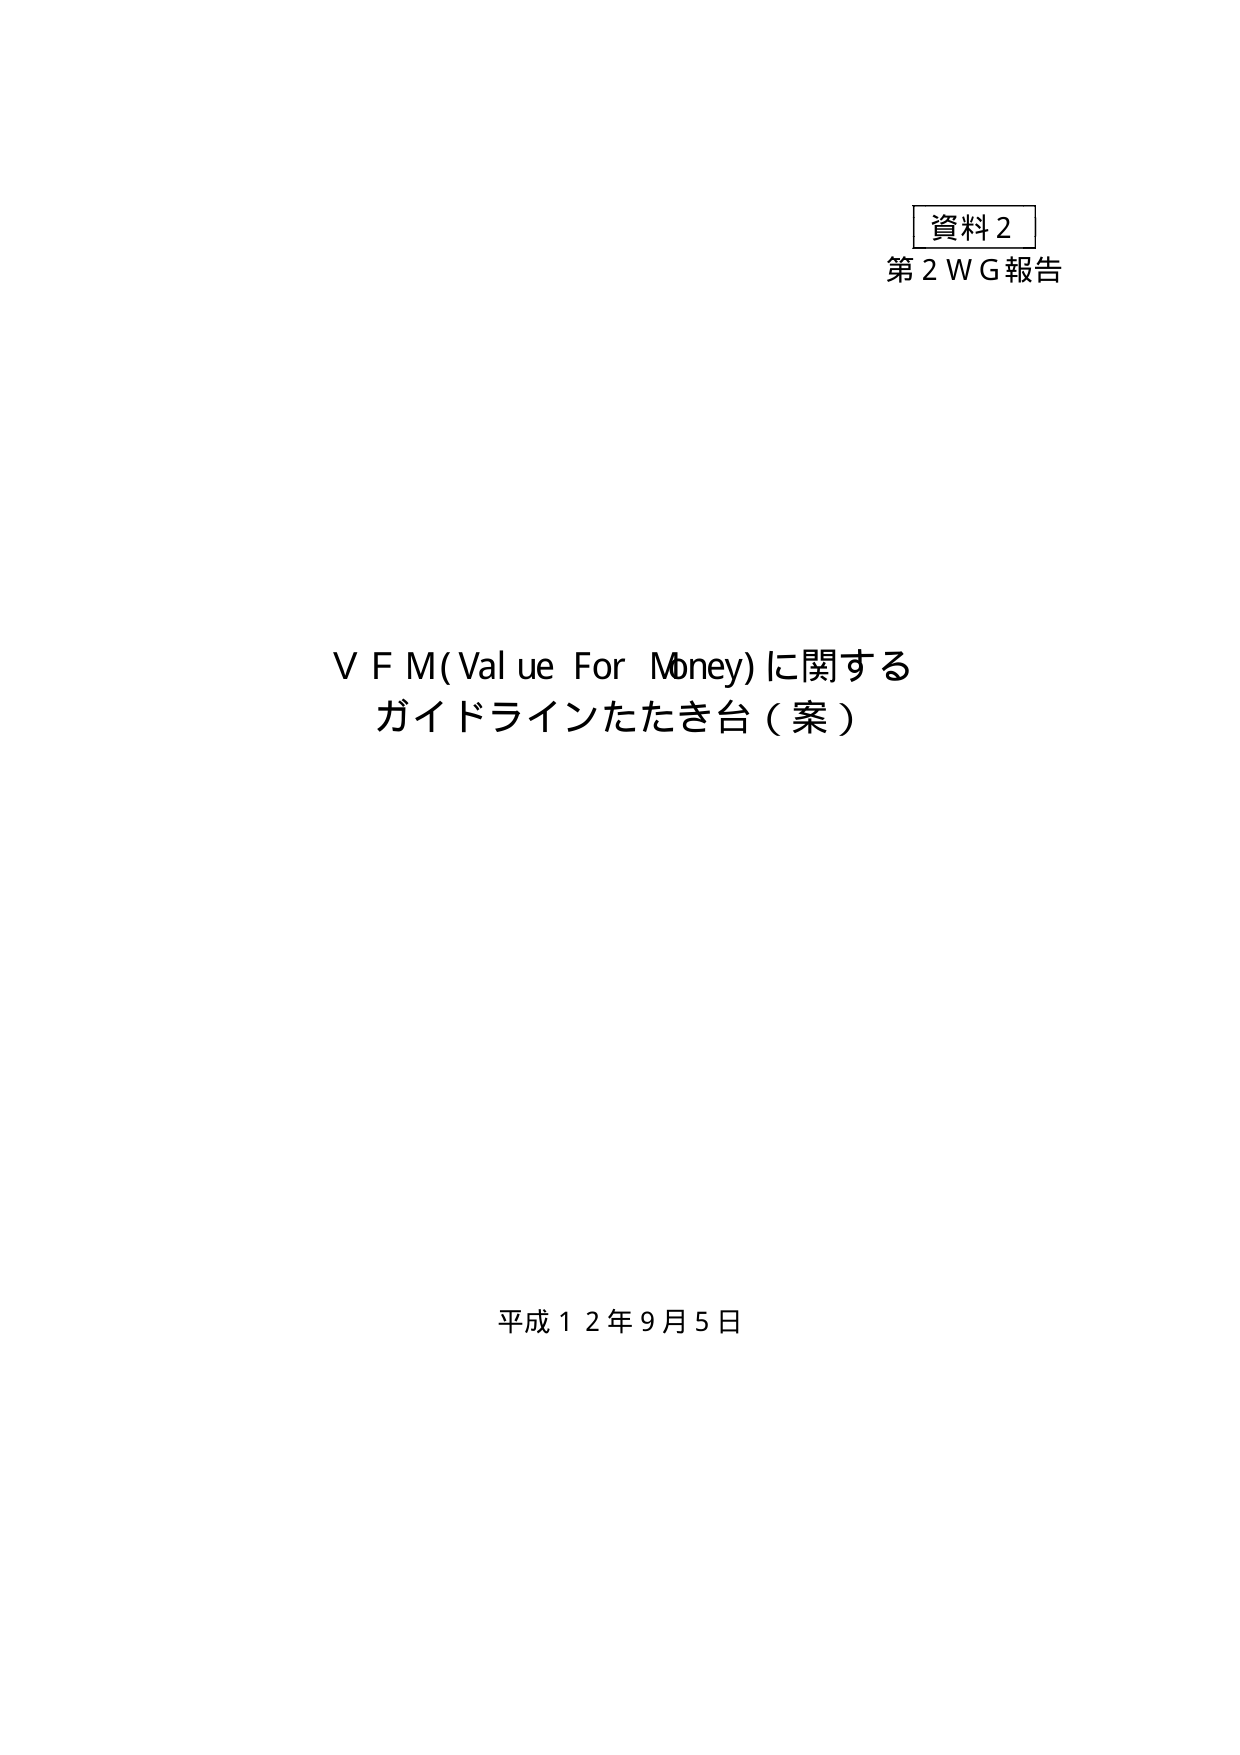
資料２
第２ＷＧ報告

ＶＦＭ（Value For Money）に関する
ガイドラインたたき台（案）

平成１２年９月５日